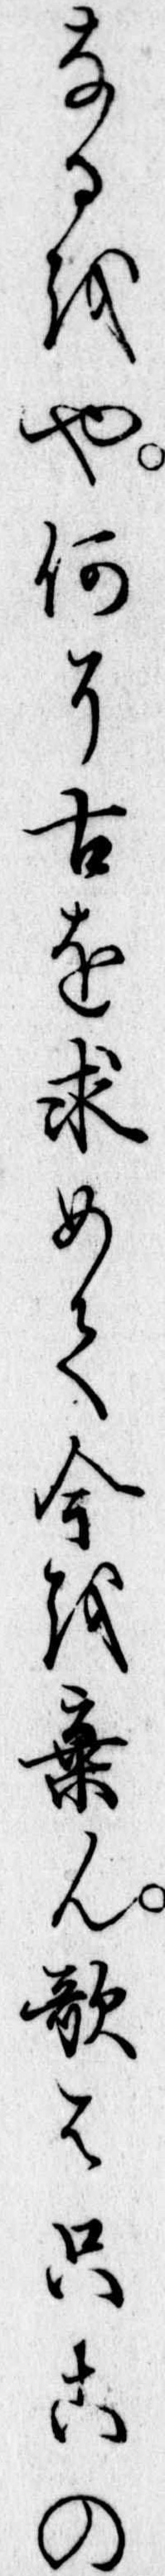
なるをや何そ古を求めて今を棄ん歌は只この